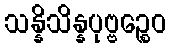
သန္နိသိန္နပုဗ္ဗဉ္စေဝ